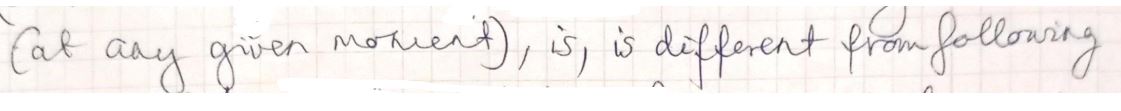
(at any given moment ), is, different from following